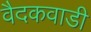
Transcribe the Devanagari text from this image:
वैदकवाडी